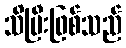
သိပြီးဖြစ်သည်